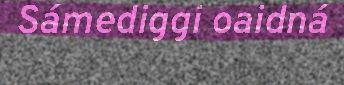
Sámediggi oaidná